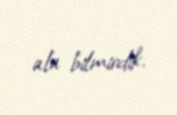
ala bilmirdik.